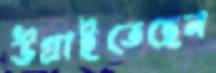
উগ্‌রাইতেছেন